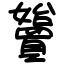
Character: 𡤓